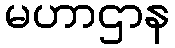
မဟာဌာန